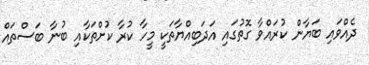
ދެއްވައި ބަޔާން ކުރައްވާ ގޮތުގައި އަދަބިއްޔާތަކީ މީހާ ކުރާ ކުށްތަކާއި ބުނާ ބަސްތައް